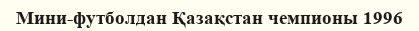
Мини-футболдан Қазақстан чемпионы 1996